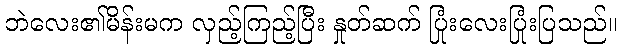
ဘဲလေး၏မိန်းမက လှည့်ကြည့်ပြီး နှုတ်ဆက် ပြုံးလေးပြုံးပြသည်။